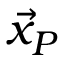
{ \vec { x } } _ { P }